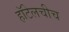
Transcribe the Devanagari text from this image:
हॉटेलचीच